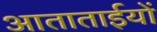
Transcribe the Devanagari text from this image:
आताताईयों